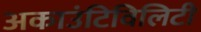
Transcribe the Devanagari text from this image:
अकाउंटिविलिटी